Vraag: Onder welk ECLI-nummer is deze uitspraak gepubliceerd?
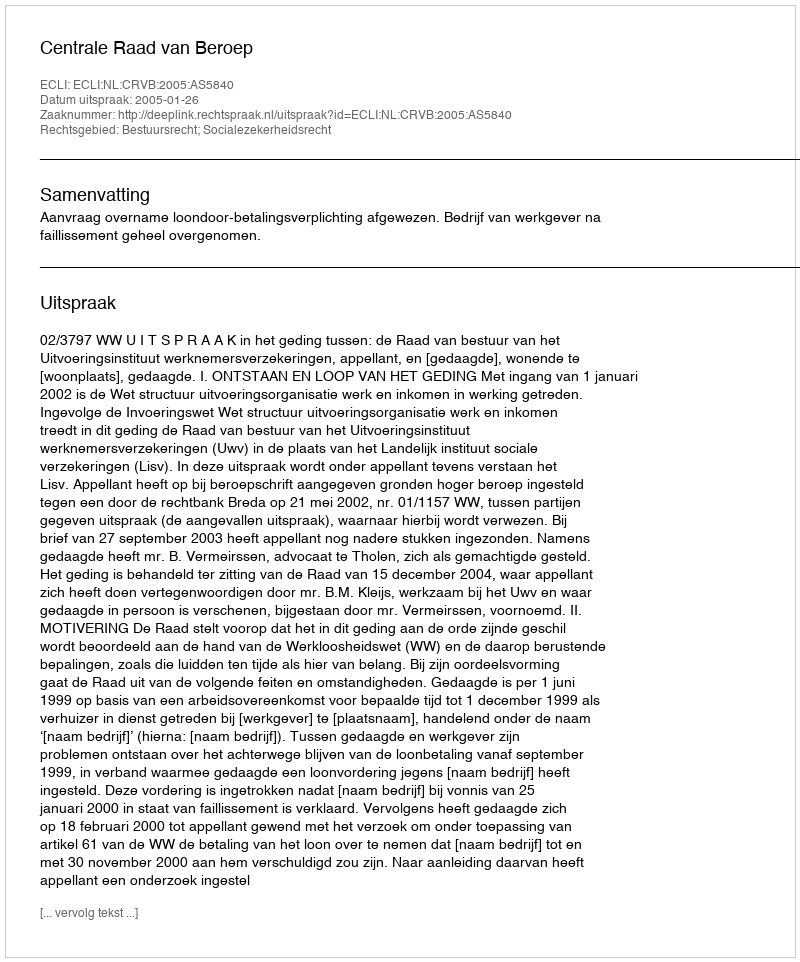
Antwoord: ECLI:NL:CRVB:2005:AS5840